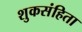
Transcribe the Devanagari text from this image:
शुकसंहिता